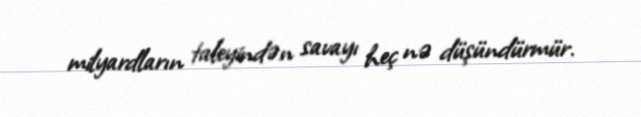
milyardların taleyindən savayı heç nə düşündürmür.